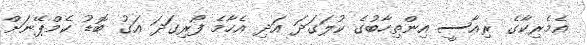
އެމެރިކާގެ ރިއާސީ އިންތިހާބުގެ ކުލަގަދަ އަދި އެހާމެ ފޯރިގަދަ އަގު ބޮޑު ކެމްޕޭނަށް